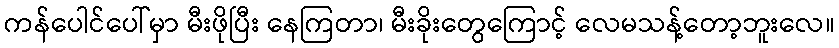
ကန်ပေါင်ပေါ်မှာ မီးဖိုပြီး နေကြတာ၊ မီးခိုးတွေကြောင့် လေမသန့်တော့ဘူးလေ။